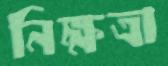
নিক্ষত্রা